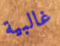
غالبية